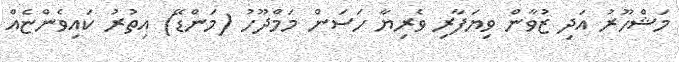
މަޝްހޫރު އަދި ޒުވާން ވިޔަފާރި ވެރިޔާ ހަސަން މަމްދޫހު (މަންޑޭ) އިތުރު ކައިވެންޏެއް